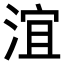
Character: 𣶺